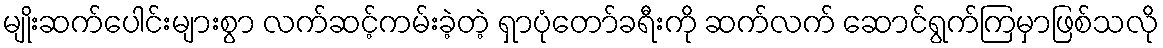
မျိုးဆက်ပေါင်းများစွာ လက်ဆင့်ကမ်းခဲ့တဲ့ ရှာပုံတော်ခရီးကို ဆက်လက် ဆောင်ရွက်ကြမှာဖြစ်သလို